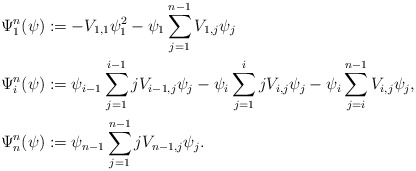
\begin{align*}\Psi^{n}_1(\psi) &:= - V_{1,1}\psi_1^2-\psi_1\sum_{j=1}^{n-1}V_{1,j}\psi_j \\\Psi^{n}_i(\psi) &:=\psi_{i-1}\sum_{j=1}^{i-1}jV_{i-1,j}\psi_j-\psi_i\sum_{j=1}^{i} jV_{i,j}\psi_j-\psi_i\sum_{j=i}^{n-1}V_{i,j}\psi_j , \\\Psi^{n}_n(\psi) &:=\psi_{n-1}\sum_{j=1}^{n-1}jV_{n-1,j}\psi_j. \end{align*}